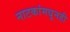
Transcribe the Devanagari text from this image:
नाटकांमधूनही